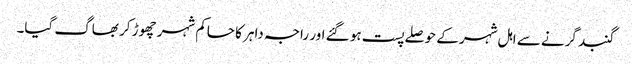
گنبد گرنے سے اہل شہر کے حوصلے پست ہو گئے اور راجہ داہر کا حاکم شہر چھوڑ کر بھاگ گیا۔